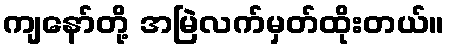
ကျနော်တို့ အမြဲလက်မှတ်ထိုးတယ်။